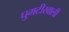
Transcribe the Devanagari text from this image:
घुमटीखाली